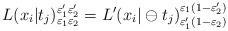
LaTeX: \begin{align*}L(x_{i}|t_{j})_{\varepsilon _{1}\varepsilon _{2}}^{\varepsilon _{1}^{\prime}\varepsilon _{2}^{\prime }}=L^{\prime }(x_{i}|\ominus t_{j})_{\varepsilon_{1}^{\prime }(1-\varepsilon _{2})}^{\varepsilon _{1}(1-\varepsilon_{2}^{\prime })} \end{align*}